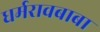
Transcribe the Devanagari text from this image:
धर्मरावबाबा